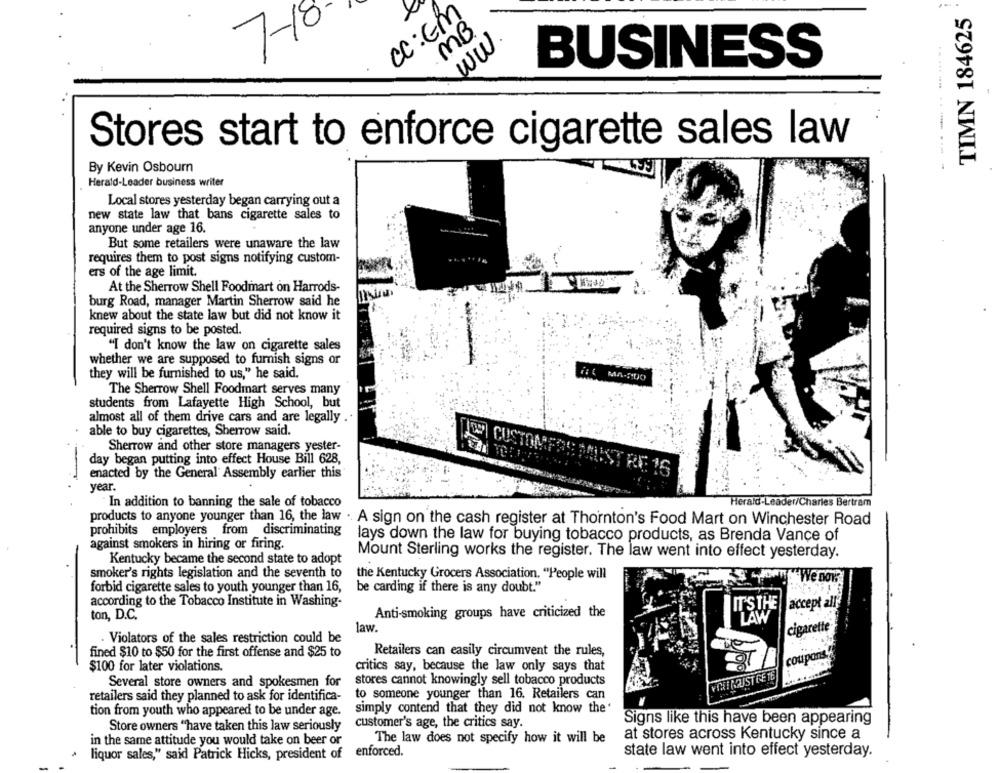
CC:EM
TIMN 184625
.MB
7-18
ww
BUSINESS
Stores start to enforce cigarette sales law
----- --- ---
By Kevin Osbourn
Herald-Leader business writer
Local stores yesterday began carrying out a
new state law that bans cigarette sales to
anyone under age 16.
But some retailers were unaware the law
requires them to post signs notifying custom-
ers of the age limit.
At the Sherrow Shell Foodmart on Harrods
burg Road, manager Martin Sherrow said he
knew about the state law but did not know it
required signs to be posted.
"I don't know the law on cigarette sales
whether we are supposed to furnish signs or
they will be furnished to us," he said.
The Sherrow Shell Foodmart serves many
students from Lafayette High School, but
almost all of them drive cars and are legally
able to buy cigarettes, Sherrow said.
Sherrow and other store managers yester-
day began putting into effect House Bill 628,
enacted by the General Assembly earlier this
OPI CUSTOMFOS MUST RE 16
year.
In addition to banning the sale of tobacco
Herald-Leader/Charles Bertram
products to anyone younger than 16, the law . A sign on the cash register at Thornton's Food Mart on Winchester Road
prohibits employers from discriminating
lays down the law for buying tobacco products, as Brenda Vance of
against smokers in hiring or firing.
Mount Sterling works the register. The law went into effect yesterday.
Kentucky became the second state to adopt
smoker's rights legislation and the seventh to
the Kentucky Grocers Association. "People will
We now
forbid cigarette sales to youth younger than 16,
be carding if there is any doubt."
according to the Tobacco Institute in Washing-
accept all
ITSTHE
ton, D.C.
Anti-smoking groups have criticized the
LAW
law.
urette
. Violators of the sales restriction could be
fined $10 to $50 for the first offense and $25 to
Retailers can easily circumvent the rules,
$100 for later violations.
critics say, because the law only says that
stores cannot knowingly sell tobacco products
VIHINDUSTCE TE
Several store owners and spokesmen for
retailers said they planned to ask for identifica-
to someone younger than 16. Retailers can
tion from youth who appeared to be under age.
simply contend that they did not know the'
Signs like this have been appearing
Store owners "have taken this law seriously
customer's age, the critics say.
at stores across Kentucky since a
in the same attitude you would take on beer or
The law does not specify how it will be
liquor sales," said Patrick Hicks, president of
enforced.
state law went into effect yesterday.